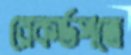
রেকর্ডপত্রে